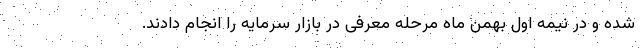
شده و در نیمه اول بهمن ماه مرحله معرفی در بازار سرمایه را انجام دادند.